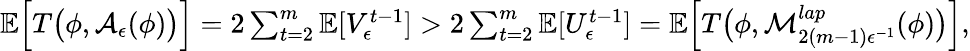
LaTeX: \begin{array}{r}{\mathbb{E}\Big[T\big(\phi,\mathcal{A}_{\epsilon}(\phi)\big)\Big]=2\sum_{t=2}^{m}\mathbb{E}[V_{\epsilon}^{t-1}]>2\sum_{t=2}^{m}\mathbb{E}[U_{\epsilon}^{t-1}]=\mathbb{E}\Big[T\big(\phi,\mathcal{M}_{2(m-1)\epsilon^{-1}}^{lap}(\phi)\big)\Big],}\end{array}